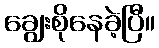
ချွေးစိုနေခဲ့ပြီ။